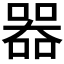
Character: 𠾖